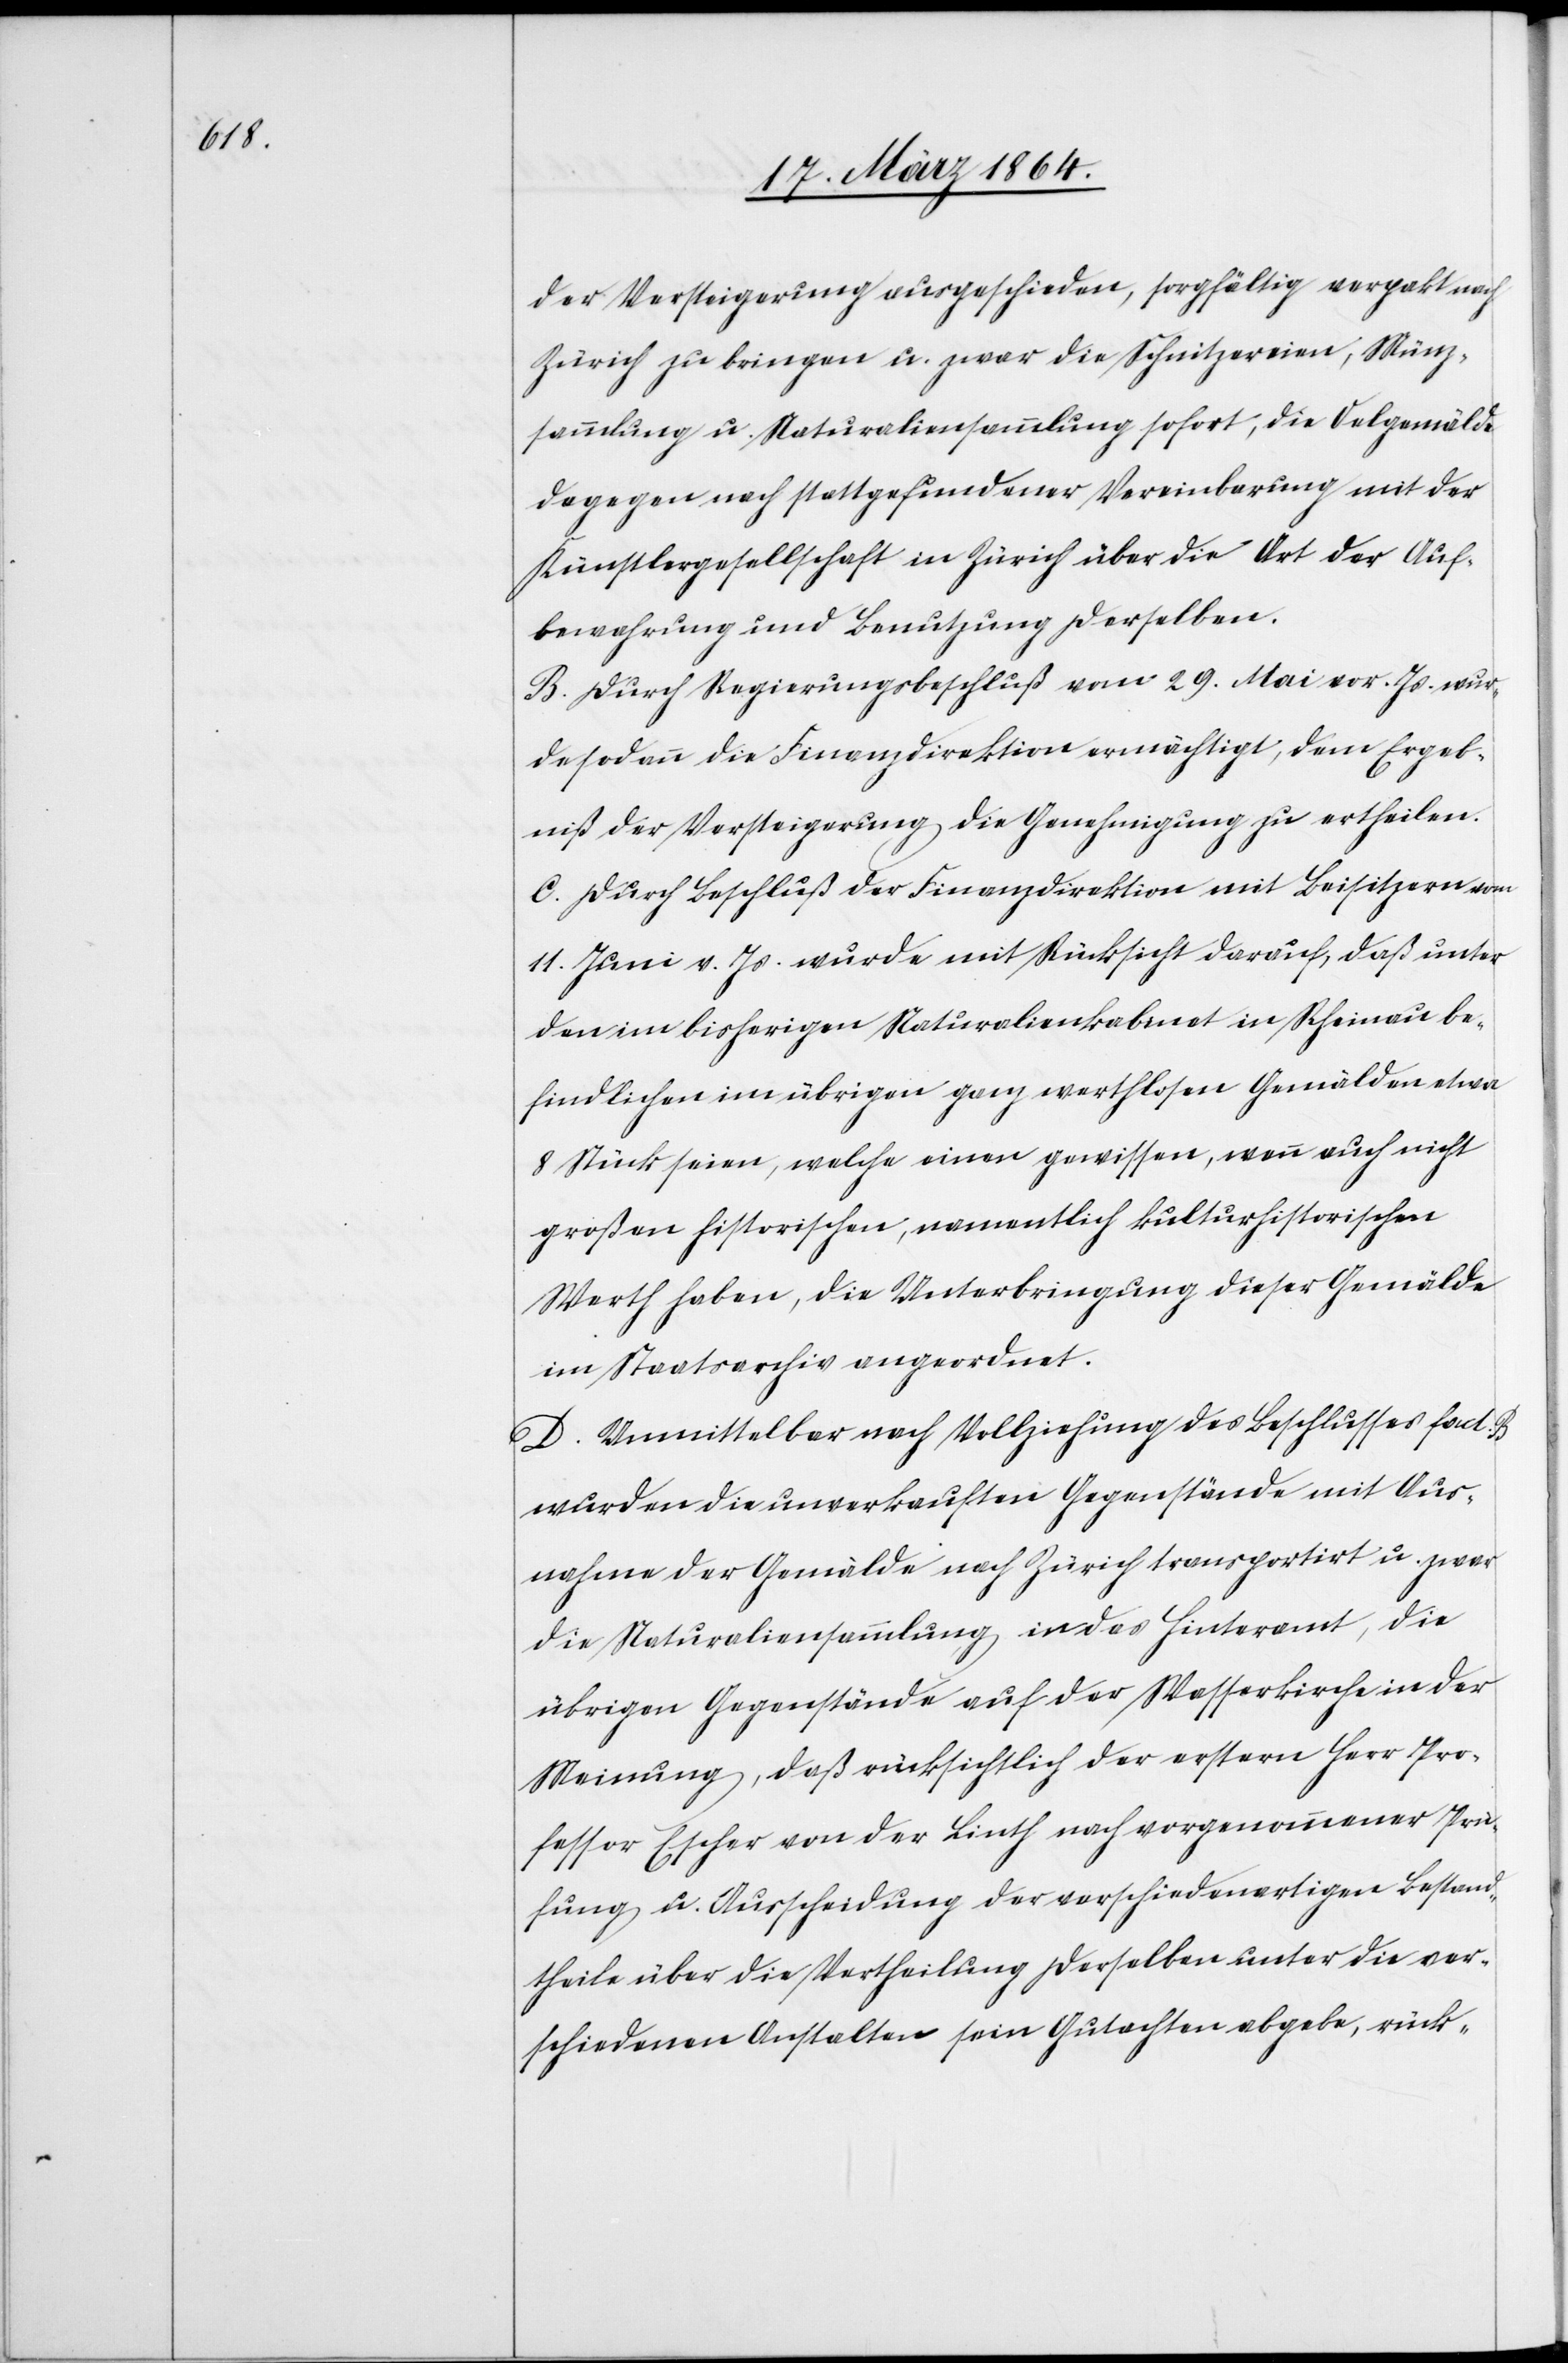
der Versteigerung ausgeschieden, sorgfältig verpakt nach
Zürich zu bringen u. zwar die Schnitzereien, Münz¬
sammlung u. Naturaliensammlung sofort, die Oelgemälde
dagegen nach stattgefundener Vereinbarung mit der
Künstlergesellschaft in Zürich über die Art der Auf¬
bewahrung und Benutzung derselben.
B. Durch Regierungsbeschluß vom 29. Mai vor. Js. wur¬
de sodann die Finanzdirektion ermächtigt, dem Ergeb¬
niß der Versteigerung die Genehmigung zu ertheilen.
C. Durch Beschluß der Finanzdirektion mit Beisitzern vom
11. Juni v. Js. wurde mit Rücksicht darauf, daß unter
den im bisherigen Naturalienkabinet in Rheinau be¬
findlichen im übrigen ganz werthlosen Gemälden etwa
8 Stück seien, welche einen gewissen, wenn auch nicht
großen historischen, namentlich kulturhistorischen
Werth haben, die Unterbringung dieser Gemälde
im Staatsarchiv angeordnet.
D. Unmittelbar nach Vollziehung des Beschlusses fact. B
wurden die unverkauften Gegenstände mit Aus¬
nahme der Gemälde nach Zürich transportirt u. zwar
die Naturaliensammlung in das Hinteramt, die
übrigen Gegenstände auf der Wasserkirche in der
Meinung, daß rücksichtlich der erstern Herr Pro¬
fessor Escher von der Linth nach vorgenommener Prü¬
fung u. Ausscheidung der verschiedenartigen Bestand¬
theile über die Vertheilung derselben unter die ver¬
schiedenen Anstalten sein Gutachten abgebe, rück-